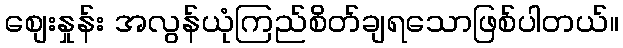
စျေးနှုန်း အလွန်ယုံကြည်စိတ်ချရသောဖြစ်ပါတယ်။